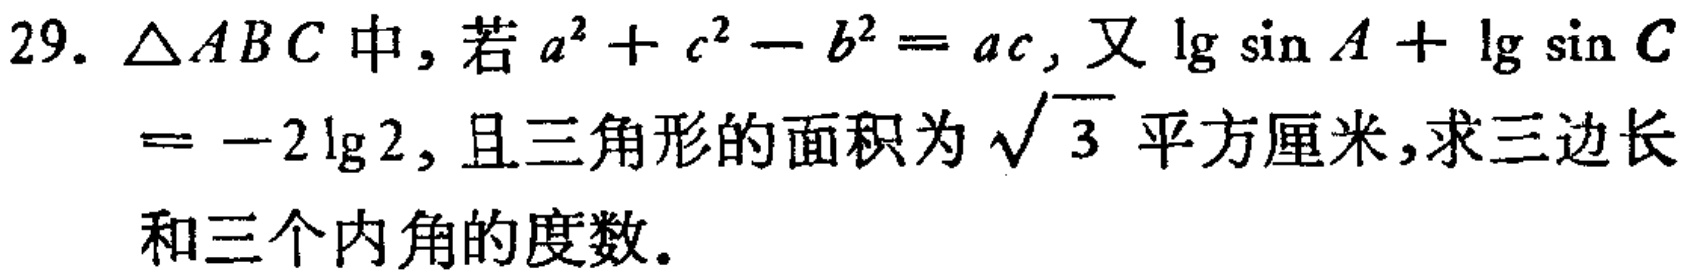
$29.\ \triangle ABC中，若a^{2}+c^{2}-b^{2}=ac,又\lg\sin A+\lg\sin C=-2\lg2,且三角形的面积为\sqrt{3}平方厘米，求三边长和三个内角的度数。$